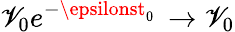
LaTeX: \mathscr{V}_{0}e^{-\epsilonst_{0}}\, \to\mathscr{V}_{0}